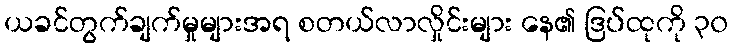
ယခင်တွက်ချက်မှုများအရ စတယ်လာလှိုင်းများ နေ၏ ဒြပ်ထုကို ၃၀